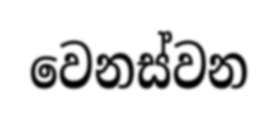
වෙනස්වන